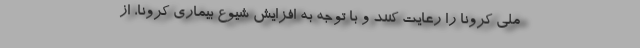
ملی کرونا را رعایت کنند و با توجه به افزایش شیوع بیماری کرونا، از